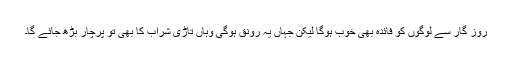
روز گار سے لوگوں کو فائدہ بھی خوب ہوگا لیکن جہاں یہ رونق ہوگی وہاں تاڑی شراب کا بھی تو پرچار بڑھ جائے گا۔